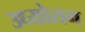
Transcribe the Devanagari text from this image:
उध्योतन